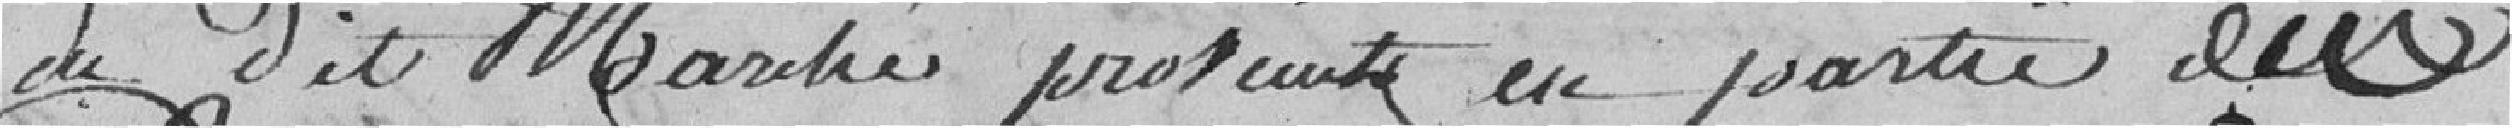
du dit marché provient en partie du